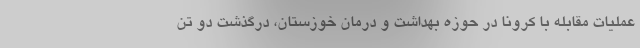
عملیات مقابله با کرونا در حوزه بهداشت و درمان خوزستان، درگذشت دو تن